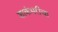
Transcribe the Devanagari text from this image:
शाकंभरीचा